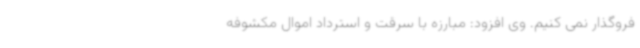
فروگذار نمی کنیم. وی افزود: مبارزه با سرقت و استرداد اموال مکشوفه